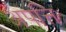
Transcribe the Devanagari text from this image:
अपत्ति